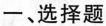
一、选择题